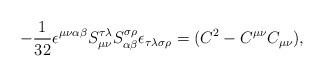
LaTeX: \begin{align*}-\frac 1{32}\epsilon ^{\mu \nu \alpha \beta }{}S_{\mu \nu }^{\tau \lambda}{}S_{\alpha \beta }^{\sigma \rho }{}\epsilon _{\tau \lambda \sigma \rho}=(C^2-C^{\mu \nu }C_{\mu \nu }), \end{align*}